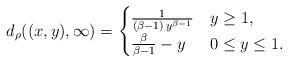
LaTeX: \begin{align*}d_\rho((x,y),\infty)=\begin{cases} \frac{1}{(\beta-1)\, y^{\beta-1}} &y\ge 1,\\ \frac{\beta}{\beta-1}-y &0\le y\le 1. \end{cases}\end{align*}